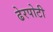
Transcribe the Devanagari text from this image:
ढेरपोटी